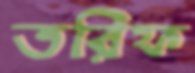
তরিফ